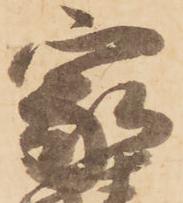
家